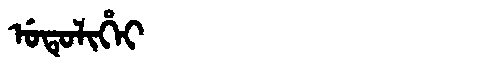
Manchu: ᡠᡨᡠᠯᡳᡥᡝᡳ
Romanization: UTULIHEI